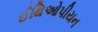
ઈથિઓપીયન